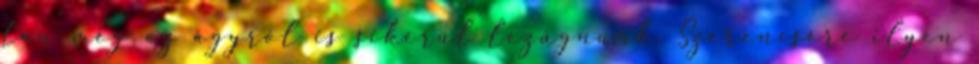
tán még az ágyról is sikerül lezúgnunk. Szerencsére ilyen